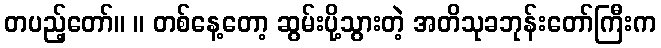
တပည့်တော်။ ။ တစ်နေ့တော့ ဆွမ်းပို့သွားတဲ့ အတိသုခဘုန်းတော်ကြီးက